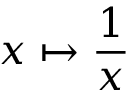
x \mapsto { \frac { 1 } { x } }